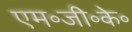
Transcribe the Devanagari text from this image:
एम॰जी॰के॰